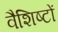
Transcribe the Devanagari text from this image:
वैशिष्टों